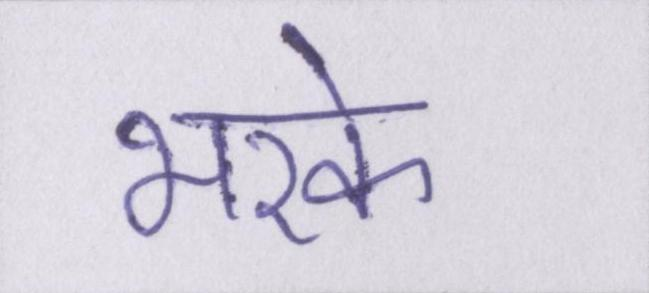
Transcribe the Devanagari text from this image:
भरके